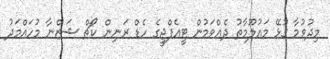
މިދުވުމާ ގުޅޭ މައުލޫމާތު ދެއްވަމުން ޓީއެފްޖީގެ ހެޑް ރަނިން ކޯޗް ޝަޒްނާ މުހައްމަދު